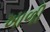
ખાળી